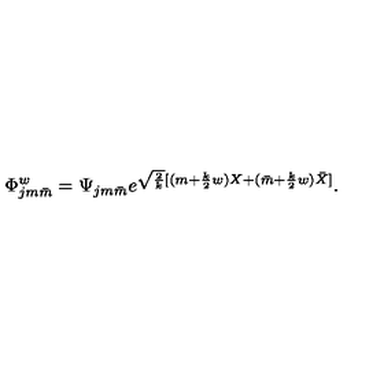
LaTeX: \Phi _ { j m \bar { m } } ^ { w } = \Psi _ { j m \bar { m } } e ^ { \sqrt { \frac { 2 } { k } } [ ( m + { \frac { k } { 2 } } w ) X + ( \bar { m } + { \frac { k } { 2 } } w ) \bar { X } ] } .